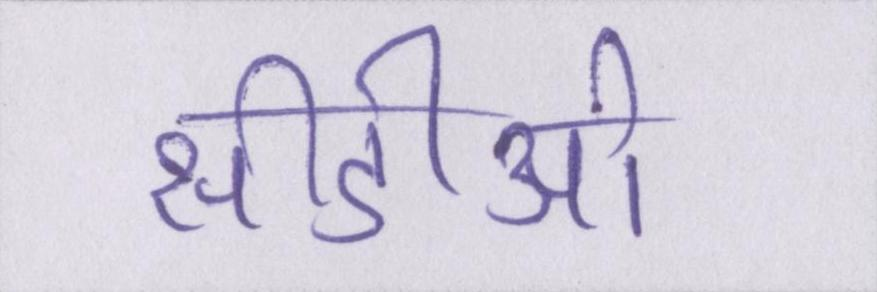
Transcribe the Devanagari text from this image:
सीडीओ